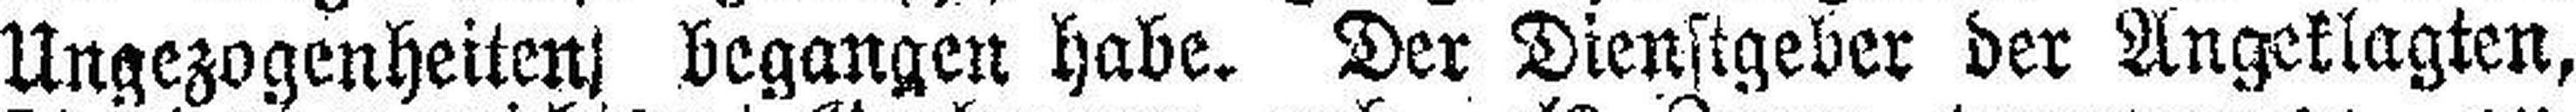
Ungezogenheiten begangen habe. Der Dienstgeber der Angeklagten,